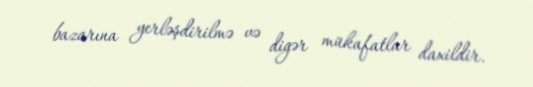
bazarına yerləşdirilmə və digər mükafatlar daxildir.